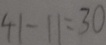
4 1 - 1 1 = 3 0